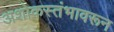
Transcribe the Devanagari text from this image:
अशोकस्तंभावरून